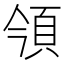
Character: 𩑟